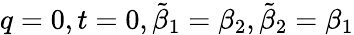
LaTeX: q=0,t=0,\tilde{\beta}_{1}=\beta_{2},\tilde{\beta}_{2}=\beta_{1}